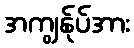
အကျွန်ုပ်အား